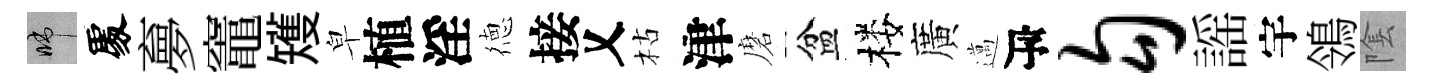
啼𠁅夣竈矱皁植淫徳接乂枯津磨盆楼廣邁瓴勾謡宇鴒隂